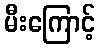
မီးကြောင့်